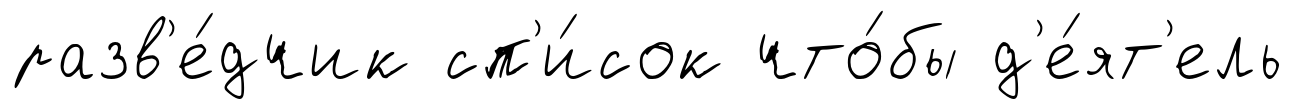
разв'е́дчик сп'и́сок что́бы д'е́ят'ель